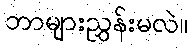
ဘာများညွှန်းမလဲ။